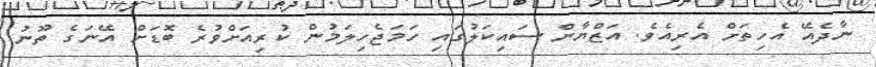
ނާދެއޭ އެހިތަށް އެރިއެވެ. އަޒްޔާން ސައިކަލުގައި ހަމަޖެހިލަމުން ކުރިއަށްވުރެ ބޮޑަށް އޭނަގެ ތޫނު